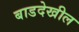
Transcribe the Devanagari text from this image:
बाडदेखील